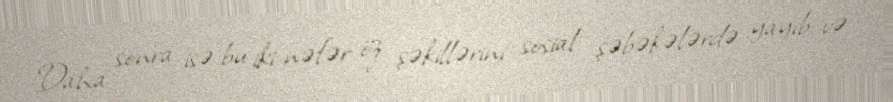
Daha sonra isə bu iki nəfər öz şəkillərini sosial şəbəkələrdə yayıb və